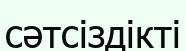
сәтсіздікті